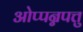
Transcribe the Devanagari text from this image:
ओप्पन्नपत्तु